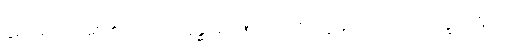
နှစ်ပါးအပြားရှိ၏။ သာ၊ ထိုခန္ဓပုရာဏဇရာကို။ ဣဓ၊ ဤဇရာပိ ဒုက္ခာ၊ ဟူသော